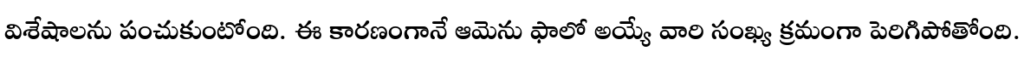
విశేషాలను పంచుకుంటోంది. ఈ కారణంగానే ఆమెను ఫాలో అయ్యే వారి సంఖ్య క్రమంగా పెరిగిపోతోంది.